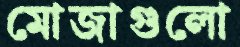
মোজাগুলো